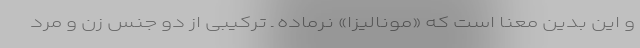
و این بدین معنا است که «مونالیزا» نرماده ـ ترکیبی از دو جنس زن و مرد